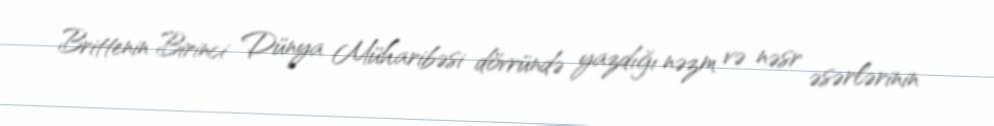
Brittenin Birinci Dünya Müharibəsi dövründə yazdığı nəzm və nəsr əsərlərinin